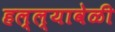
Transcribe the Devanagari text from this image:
हल्ल्यावेळी